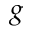
g